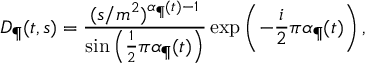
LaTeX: D _ { \P } ( t , s ) = \frac { ( s / m ^ { 2 } ) ^ { \alpha _ { \P } ( t ) - 1 } } { \sin \left( \frac { 1 } { 2 } \pi \alpha _ { \P } ( t ) \right) } \exp \left( - \frac { i } { 2 } \pi \alpha _ { \P } ( t ) \right) ,